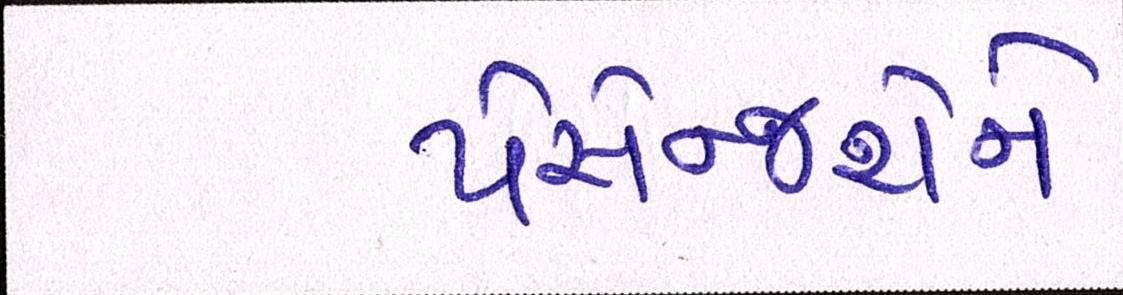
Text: પેસેન્જરોને